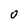
Character: O